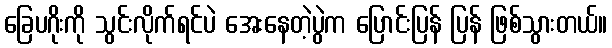
ခြေပဂိုးကို သွင်းလိုက်ရင်ပဲ အေးနေတဲ့ပွဲက ပြောင်းပြန် ပြန် ဖြစ်သွားတယ်။